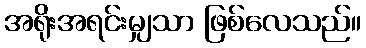
အရိုးအရင်းမျှသာ ဖြစ်လေသည်။